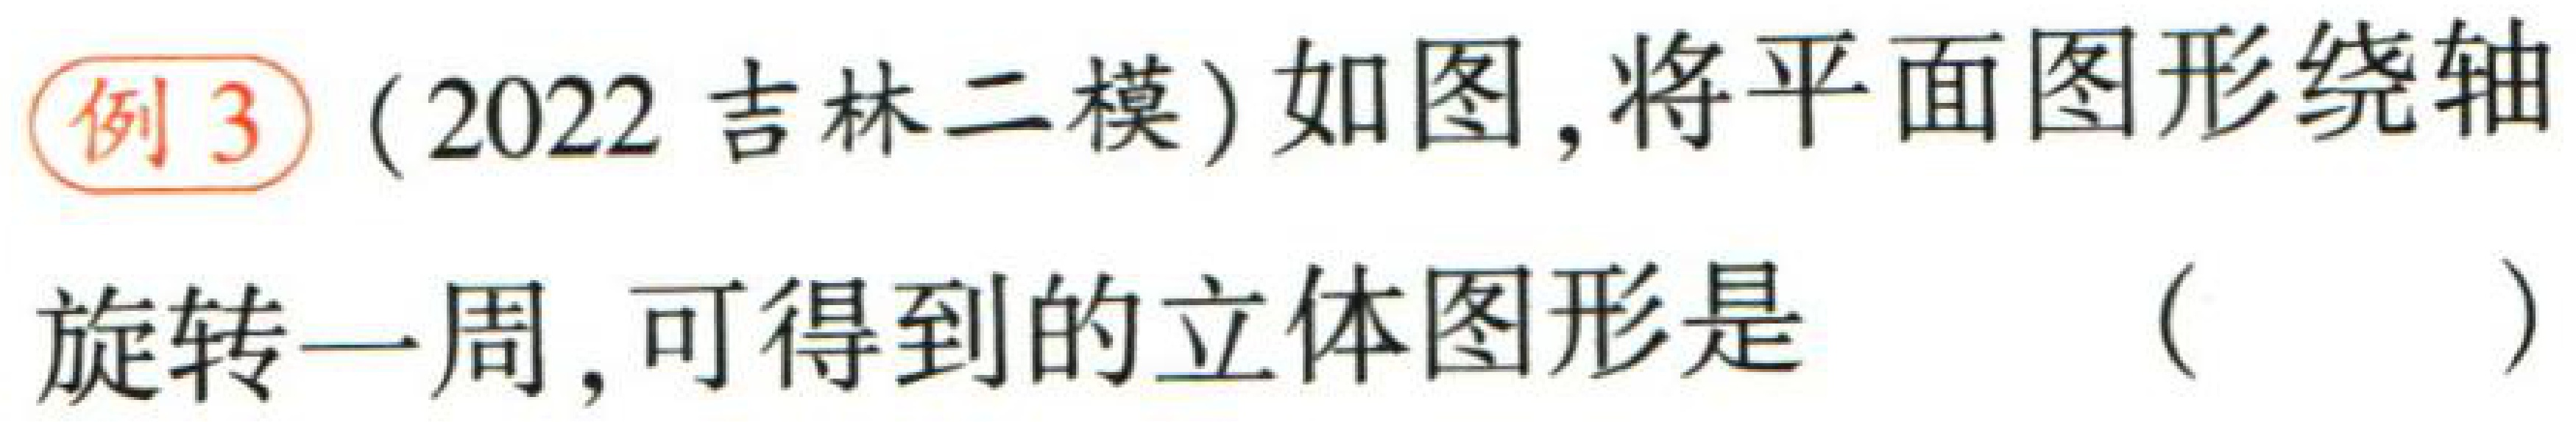
例3（2022吉林二模）如图，将平面图形绕轴旋转一周，可得到的立体图形是（  ）